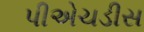
પીએચડીસ